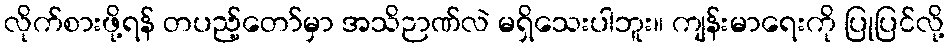
လိုက်စားဖို့ရန် တပည့်တော်မှာ အသိဉာဏ်လဲ မရှိသေးပါဘူး။ ကျန်းမာရေးကို ပြုပြင်လို့